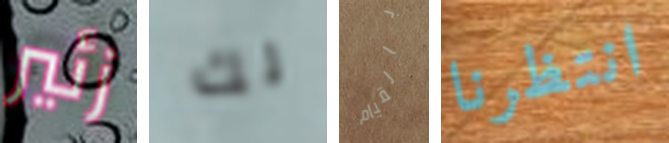
زئير لك بالقيام انتظرنا